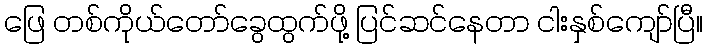
ဖြေ တစ်ကိုယ်တော်ခွေထွက်ဖို့ ပြင်ဆင်နေတာ ငါးနှစ်ကျော်ပြီ။